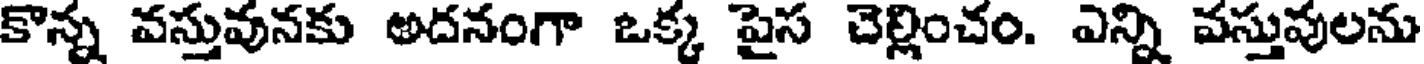
కొన్న వస్తువునకు అదనంగా ఒక్క పైస చెల్లించం. ఎన్ని వస్తువులను